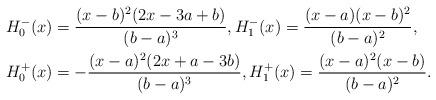
LaTeX: \begin{align*}H_0^-(x) &=\frac{(x-b)^2(2x-3a+b)}{(b-a)^3},H_1^-(x)=\frac{(x-a)(x-b)^2}{(b-a)^2},\\H_0^+(x) &=-\frac{(x-a)^2(2x+a-3b)}{(b-a)^3},H_1^+(x)=\frac{(x-a)^2(x-b)}{(b-a)^2}.\end{align*}